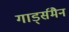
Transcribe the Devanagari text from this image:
गार्ड्समैन